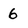
Character: 6